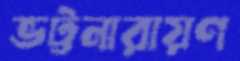
ভট্টনারায়ণ